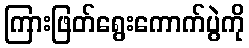
ကြားဖြတ်ရွေးကောက်ပွဲကို